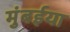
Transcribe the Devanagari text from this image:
मुंबईया